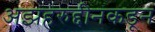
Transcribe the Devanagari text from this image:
अझहरुद्दीनकडून